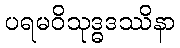
ပရမဝိသုဒ္ဓဒဿိနာ